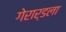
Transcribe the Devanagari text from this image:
गेरार्डला